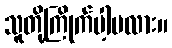
သူတို့ကြိုက်ပါ့မလား။